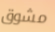
مشوق